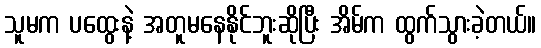
သူမက ပထွေးနဲ့ အတူမနေနိုင်ဘူးဆိုပြီး အိမ်က ထွက်သွားခဲ့တယ်။